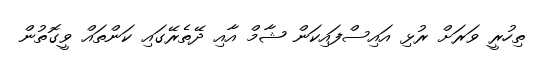
ތިހުރީ ވަރަށް ރުޅި އައިސްފައިކަން ޝާމް އާއި ދޭތެރޭގައި ކަންތައް ވީގޮތުން